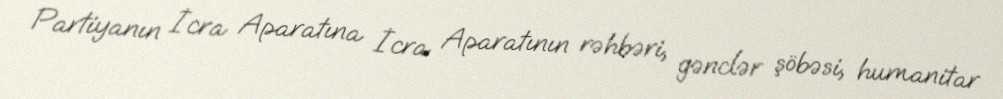
Partiyanın İcra Aparatına İcra Aparatının rəhbəri, gənclər şöbəsi, humanitar